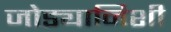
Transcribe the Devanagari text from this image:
जोड्यानिशी